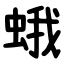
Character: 蛾